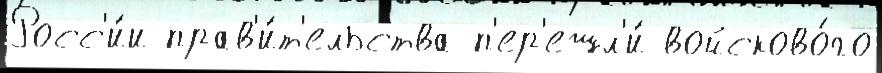
Росс'и́и прав'и́т'ельства п'ер'ешл'и́ войсково́го